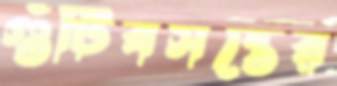
গুঁটিবসন্তের